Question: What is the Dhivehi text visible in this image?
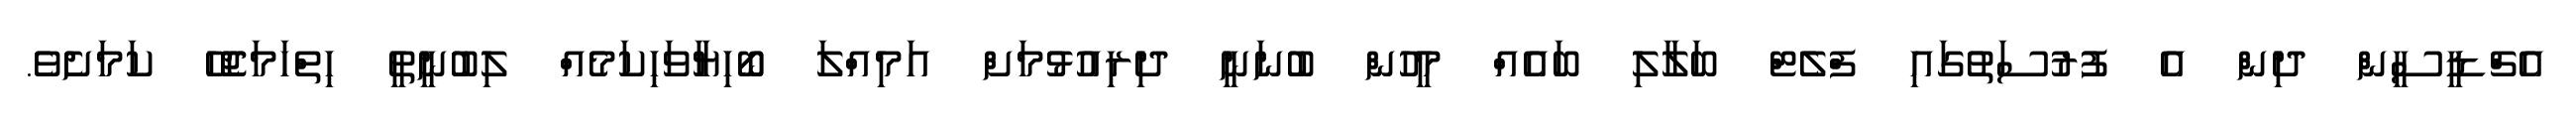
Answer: އެޗްޑީސީން ދިން އެ ފުރުސަތުގައި ފްލެޓް ބަލާލި ބައެއް މީހުން ބުނަނީ ދިރިއުޅުމަށް އަމިއްލަ ބޯހިޔާވަހިކަމެއް ލިބުނީތީ ހިތްހަމަޖެހޭ ކަމަށެވެ.